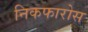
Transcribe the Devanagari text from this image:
निकफारोस